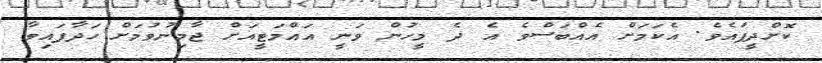
ކޮށްދީފައެވެ. އެކަމަށް އެއްބަސްވެ އެ ދެ މީހުން ވަނީ އައްމަޓީއަށް ޖާމިނުވުމަށް ހަދާފައިވާ